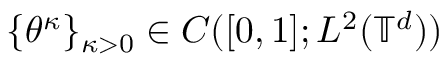
\{ \theta ^ { \kappa } \} _ { \kappa > 0 } \in C ( [ 0 , 1 ] ; L ^ { 2 } ( \ensuremath { \mathbb { T } } ^ { d } ) )